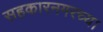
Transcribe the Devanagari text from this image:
सहकारनगरच्या